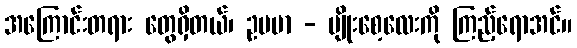
အကြောင်းတရား တွေရှိတယ်၊ ဥပမာ - မျိုးစေ့လေးကို ကြည့်ရောအင်။